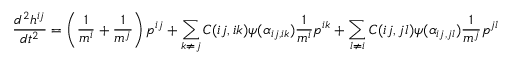
{ \frac { d ^ { 2 } h ^ { i j } } { d t ^ { 2 } } } = \left( { \frac { 1 } { m ^ { i } } } + { \frac { 1 } { m ^ { j } } } \right) p ^ { i j } + \sum _ { k \neq j } C ( i j , i k ) \psi ( \alpha _ { i j , i k } ) { \frac { 1 } { m ^ { i } } } p ^ { i k } + \sum _ { l \neq i } C ( i j , j l ) \psi ( \alpha _ { i j , j l } ) { \frac { 1 } { m ^ { j } } } p ^ { j l }